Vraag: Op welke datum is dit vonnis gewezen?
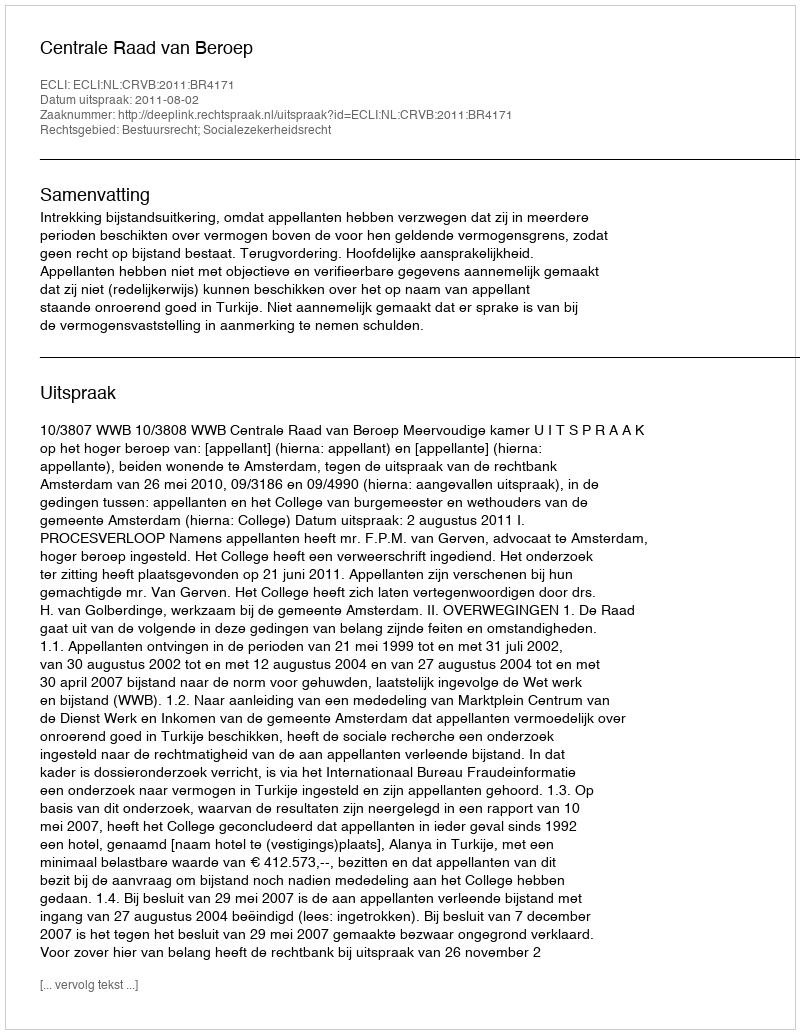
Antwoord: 2011-08-02